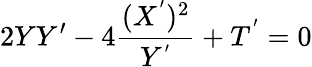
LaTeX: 2YY^{\prime}-4\frac{(X^{^{\prime}})^{2}}{Y^{^{\prime}}}+T^{^{\prime}}=0